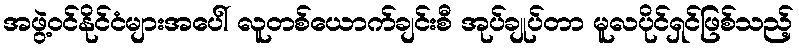
အဖွဲ့ဝင်နိုင်ငံများအပေါ် လူတစ်ယောက်ချင်းစီ အုပ်ချုပ်တာ မူလပိုင်ရှင်ဖြစ်သည့်